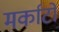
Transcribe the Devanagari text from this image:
मर्काटो